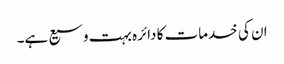
ان کی خدمات کا دائرہ بہت وسیع ہے۔